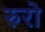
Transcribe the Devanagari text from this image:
रुरो